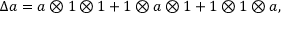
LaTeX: \Delta a = a \otimes 1 \otimes 1 + 1 \otimes a \otimes 1 + 1 \otimes 1 \otimes a ,